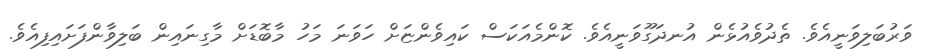
ވަރުބަލިވަނީއެވެ. ތެދުވެއުޅެން އުނދަގޫވަނީއެވެ. ކޮންމެއަކަސް ކައިވެންޏަށް ހަވަނަ މަހު މާބޮޑަށް މާގިނައިން ބަލިވާންފަށައިފިއެވެ.